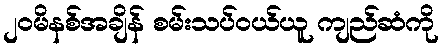
၂၀မိနစ်အချိန် စမ်းသပ်ဝယ်ယူ ကျည်ဆံကို